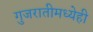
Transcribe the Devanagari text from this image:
गुजरातीमध्येही